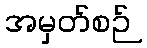
အမှတ်စဉ်